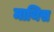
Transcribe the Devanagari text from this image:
माथिस